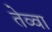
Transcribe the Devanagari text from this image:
तेव्वा